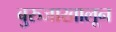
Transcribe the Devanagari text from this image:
बुरुजाखालून